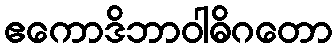
ဧကောဒိဘာဝါဓိဂတော